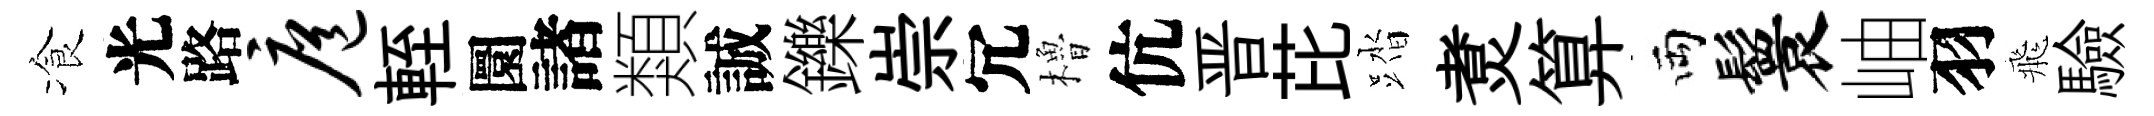
飡光路扈輊圜諸類誠鑠崇冗櫓伉晋芘踏煑算両鬟岫羽飛驗